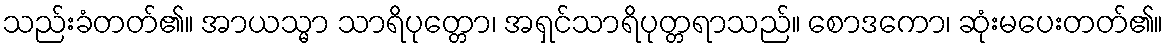
သည်းခံတတ်၏။ အာယသ္မာ သာရိပုတ္တော၊ အရှင်သာရိပုတ္တရာသည်။ စောဒကော၊ ဆုံးမပေးတတ်၏။